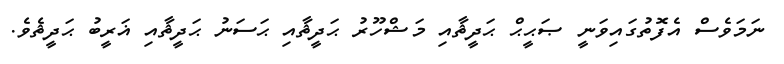
ނަމަވެސް އެފޮތުގައިވަނީ ޞަޙީޙް ޙަދީޘާއި މަޝްހޫރު ޙަދީޘާއި ޙަސަނު ޙަދީޘާއި ޣަރީބު ޙަދީޘެވެ.